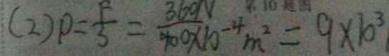
( 2 ) P = \frac { F } { 3 } = \frac { 3 6 0 N } { 9 0 0 \times 1 0 ^ { - 4 } m ^ { 2 } } = 9 \times 1 0 ^ { 3 }